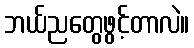
ဘယ်ညတွေဖွင့်တာလဲ။